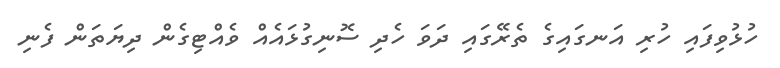
ހުޅުވިފައި ހުރި އަނގައިގެ ތެރޭގައި ދަވަ ހެދި ސޮނިގުޅައެއް ވެއްޓިގެން ދިޔަތަން ފެނި